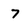
Character: 7